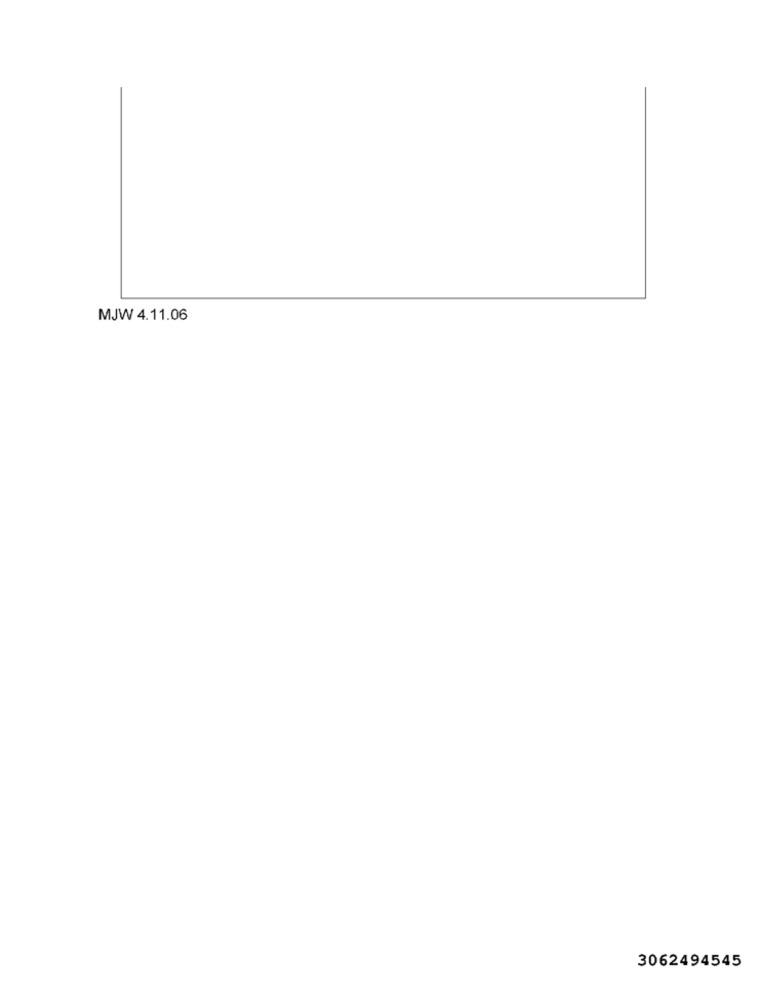
MJW 4.11.06
3062494545